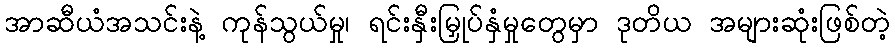
အာဆီယံအသင်းနဲ့ ကုန်သွယ်မှု၊ ရင်းနှီးမြှုပ်နှံမှုတွေမှာ ဒုတိယ အများဆုံးဖြစ်တဲ့